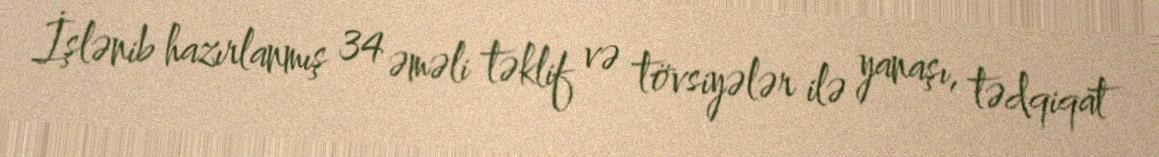
İşlənib hazırlanmış 34 əməli təklif və tövsiyələr ilə yanaşı, tədqiqat